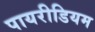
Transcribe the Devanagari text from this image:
पायरीडियम